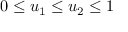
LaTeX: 0 \leq u _ { 1 } \leq u _ { 2 } \leq 1